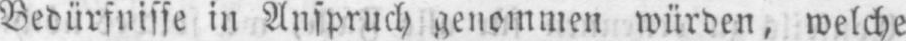
Bedürfnisse in Anspruch genommen würden, welche